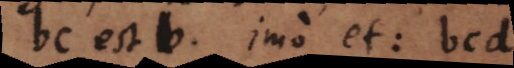
bc est b, imo et: bcd